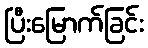
ပြီးမြောက်ခြင်း